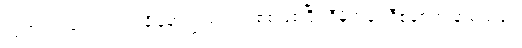
လွတ်လပ်ရေးရတဲ့အချိန်မှာ ပြည်တွင်းစစ်ဖြစ်ပြီး ဒီမိုကရေစီစနစ်က နာမည်ခံပဲ